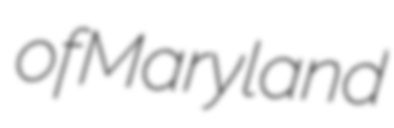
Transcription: of Maryland